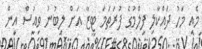
މެއި މަހު ދައްކާލި ފިލްމުގެ ފުރަތަމަ ޓީޒާ އަށް ލިބުނު ވިއުސް އިން